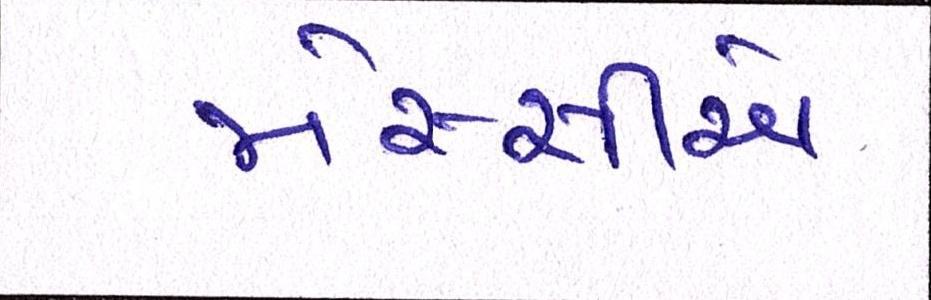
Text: મેસ્સીએ